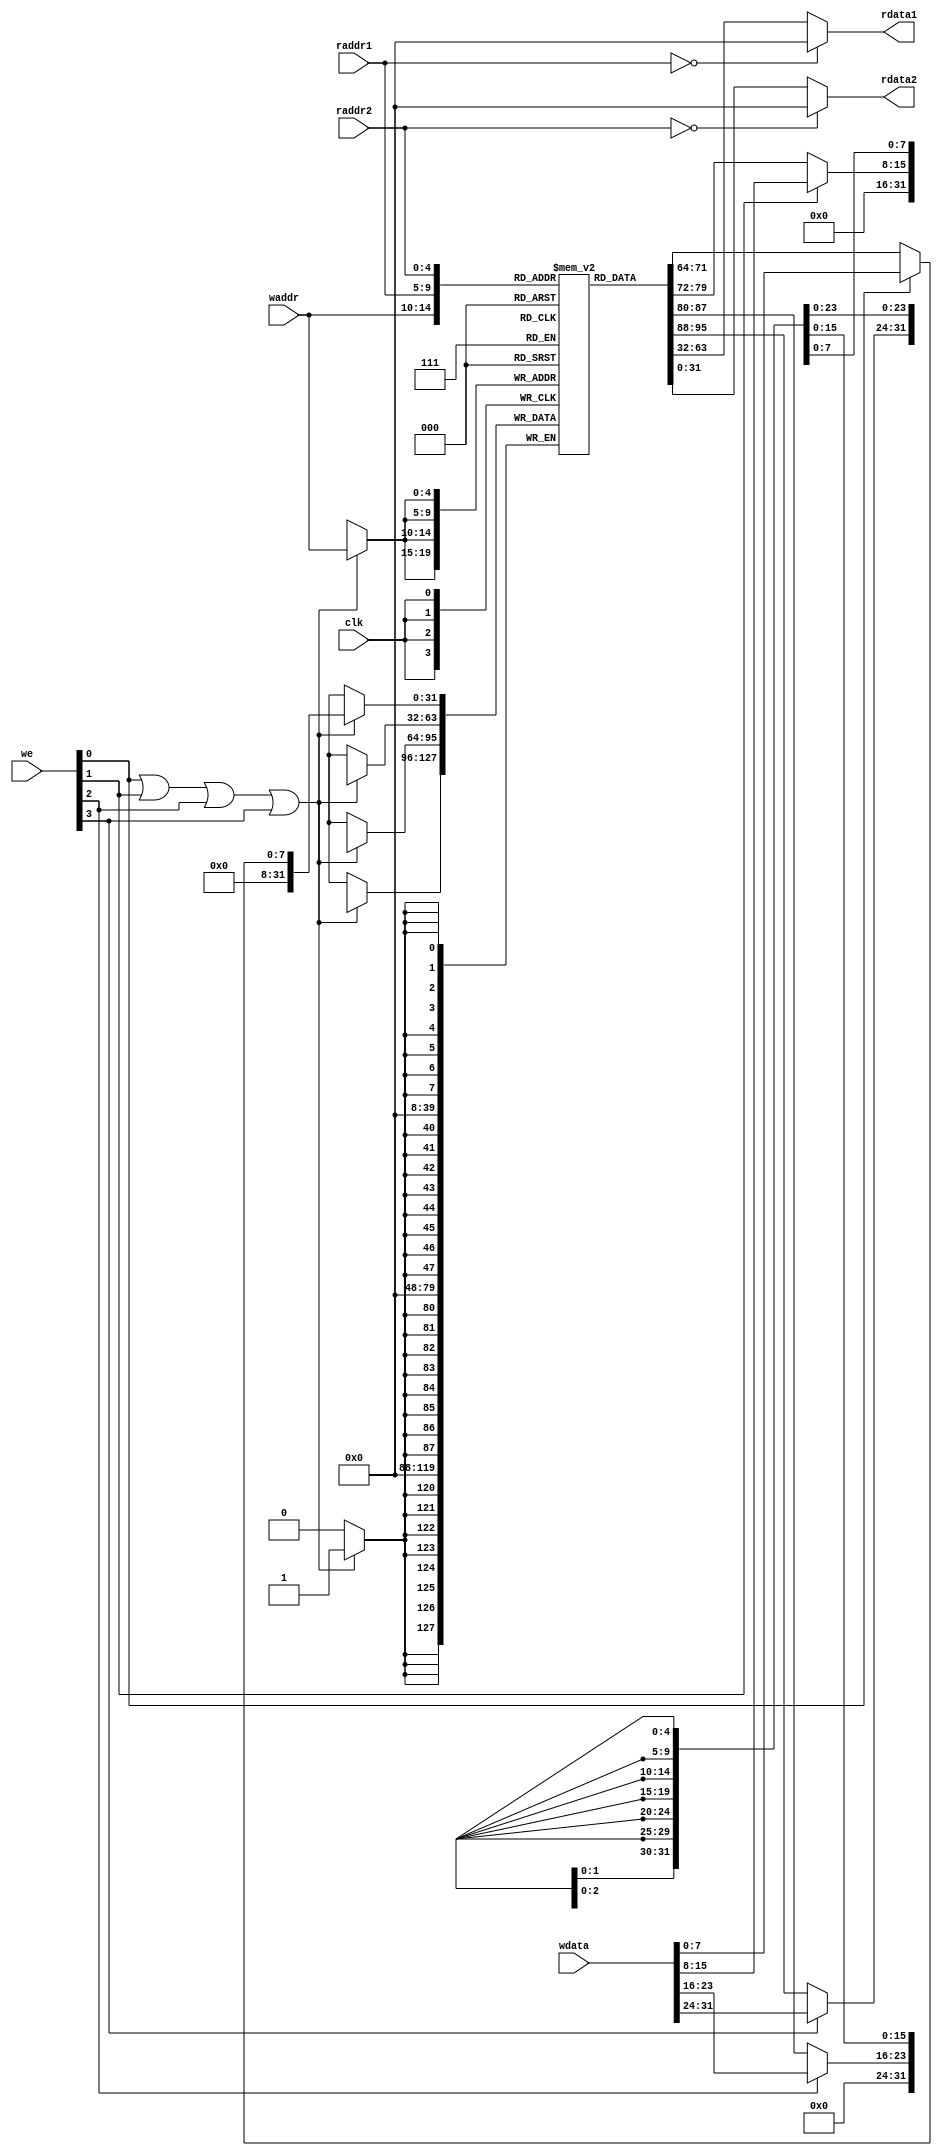
module regfile(
    input         clk,
    // READ PORT 1
    input  [ 4:0] raddr1,
    output [31:0] rdata1,
    // READ PORT 2
    input  [ 4:0] raddr2,
    output [31:0] rdata2,
    // WRITE PORT
    input  [ 3:0]    we,       //write enable, HIGH valid
    input  [ 4:0] waddr,
    input  [31:0] wdata
);
reg [31:0] rf[31:0];

//WRITE
always @(posedge clk) begin
    if (we[0] || we[1] || we[2] || we[3]) begin
        rf[waddr][ 7: 0] <= we[0] ? wdata[ 7: 0] : rf[waddr][ 7: 0];
        rf[waddr][15: 8] <= we[1] ? wdata[15: 8] : rf[waddr][15: 8];
        rf[waddr][23:16] <= we[2] ? wdata[23:16] : rf[waddr][23:16];
        rf[waddr][31:24] <= we[3] ? wdata[31:24] : rf[waddr][31:24];
    end
end

//READ OUT 1
assign rdata1 = (raddr1==5'b0) ? 32'b0 : rf[raddr1];

//READ OUT 2
assign rdata2 = (raddr2==5'b0) ? 32'b0 : rf[raddr2];

endmodule